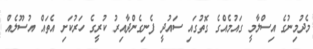
މެދުމިނުގެ އިސްލާމީ ގައުމެއްގެ ގޮތުގައި ސައުދީ ފެނިގެންދާއިރު ކުރީގެ ހަރުކަށި އެތައް އުސޫލެއް